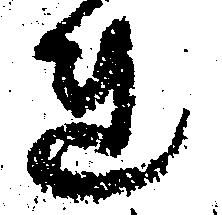
れ